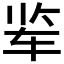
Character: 𰹾